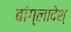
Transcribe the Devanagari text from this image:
बांग्लादेश्